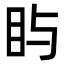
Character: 𪾟